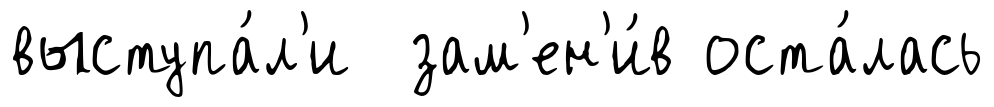
выступа́л'и зам'ен'и́в оста́лась